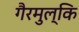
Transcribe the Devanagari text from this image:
गैरमुल्कि